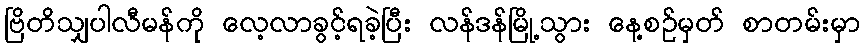
ဗြိတိသျှပါလီမန်ကို လေ့လာခွင့်ရခဲ့ပြီး လန်ဒန်မြို့သွား နေ့စဉ်မှတ် စာတမ်းမှာ